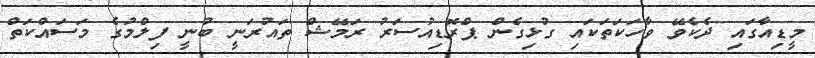
މީޑިއާގައި ދެކެވޭ ވާހަކަތަކައި ގުޅިގެން ޕްރޮޑިއުސަރު ރަމޭޝް ތައުރަނީ ބުނީ ފިލްމުގެ މަސައްކަތް